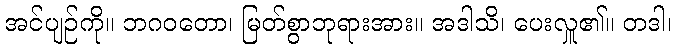
အင်ပျဉ်ကို။ ဘဂဝတော၊ မြတ်စွာဘုရားအား။ အဒါသိ၊ ပေးလှူ၏။ တဒါ၊